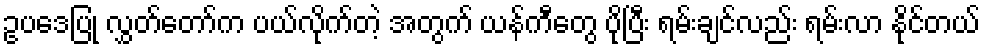
ဥပဒေပြု လွှတ်တော်က ပယ်လိုက်တဲ့ အတွက် ယန်ကီတွေ ပိုပြီး ရမ်းချင်လည်း ရမ်းလာ နိုင်တယ်